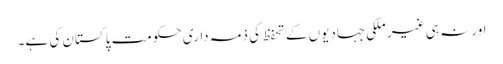
اور نہ ہی غیر ملکی جہادیوں کے تحفظ کی ذمہ داری حکومت پاکستان کی ہے۔